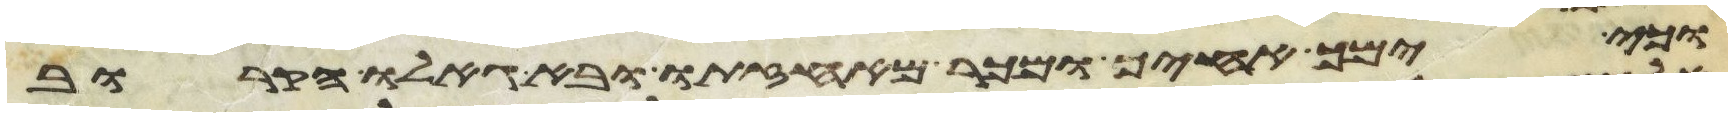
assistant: וכי ימך אחיך ומכר מאחזתו ובא גאלו הקרוב